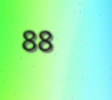
88